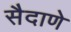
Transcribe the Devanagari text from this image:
सैदाणे